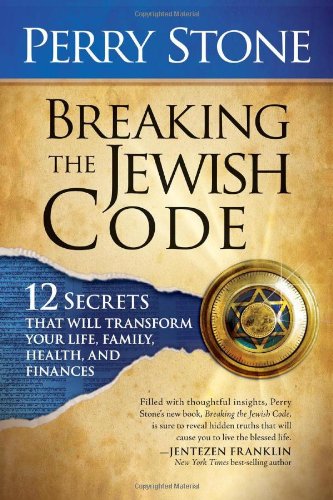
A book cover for Breaking the Jewish Code: 12 Secrets that Will Transform Your Life, Family, Health, and Finances; Perry Stone; Parenting & Relationships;